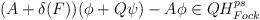
LaTeX: \begin{align*}(A+\delta (F))(\phi +Q\psi )-A\phi \in QH_{Fock}^{ps}\end{align*}